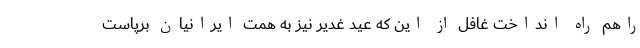
راهم راه انداخت غافل از این که عید غدیر نیز به همت ایرانیان برپاست